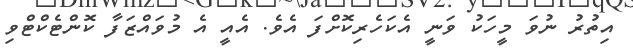
އިތުރު ނުވަ މީހަކު ވަނީ އެކަހެރިކޮށްފަ އެވެ. އެއީ އެ މުވައްޒަފާ ކޮންޓެކްޓްވި